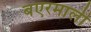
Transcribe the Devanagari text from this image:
बएरमाली